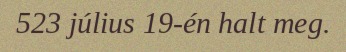
523 július 19-én halt meg.